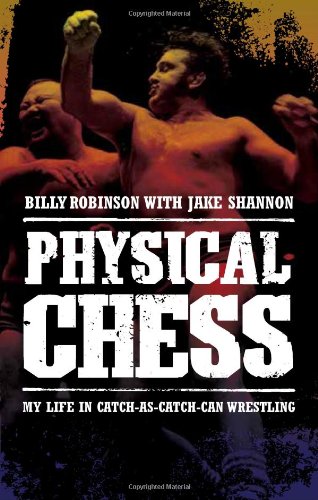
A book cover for Physical Chess: My Life in Catch-As-Catch-Can Wrestling; Billy Robinson; Sports & Outdoors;